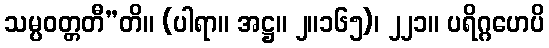
သမ္ပဝတ္တတီ”တိ။ (ပါရာ။ အဋ္ဌ။ ၂။၁၆၅)၊ ၂၂၁။ ပရိဂ္ဂဟေပိ